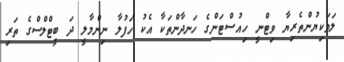
ލަވަކިޔުންތެރިޔާ ވިޓްނީ ހިއުސްޓަންގެ ހަނދާންތަކާ އެކު ހަފުލާ ނިންމާލީ ދަ ބީޓްލްސްގެ ތަރި